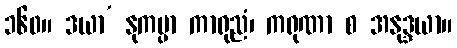
၁၆၀။ ဒယာ’ နုကမ္ပာ ကာရုညံ၊ ကရုဏာ စ အနုဒ္ဒယာ။